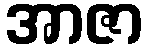
အာဇာ